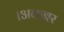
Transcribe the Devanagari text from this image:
।अकबर